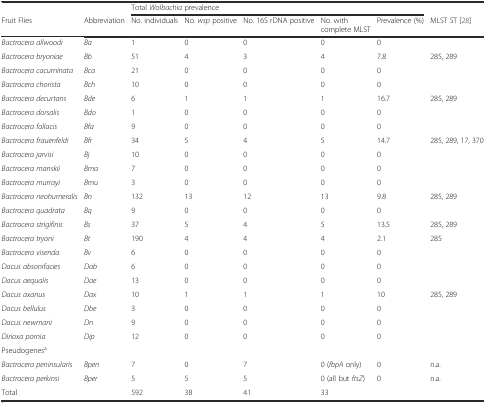
|  |  | <COLSPAN=5> Total Wolbachia prevalence |  |
 | Fruit Flies | Abbreviation | No. individuals | No. wsp positive | No. 16S rDNA positive | No. with complete MLST | Prevalence (%) | MLST ST [28] |
 | --- | --- | --- | --- | --- | --- | --- | --- |
 | Bactrocera allwoodi | Ba | 1 | 0 | 0 | 0 | 0 |  |
 | Bactrocera bryoniae | Bb | 51 | 4 | 3 | 4 | 7.8 | 285, 289 |
 | Bactrocera cacuminata | Bca | 21 | 0 | 0 | 0 | 0 |  |
 | Bactrocera chorista | Bch | 10 | 0 | 0 | 0 | 0 |  |
 | Bactrocera decurtans | Bde | 6 | 1 | 1 | 1 | 16.7 | 285, 289 |
 | Bactrocera dorsalis | Bdo | 1 | 0 | 0 | 0 | 0 |  |
 | Bactrocera fallacis | Bfa | 9 | 0 | 0 | 0 | 0 |  |
 | Bactrocera frauenfeldi | Bfr | 34 | 5 | 4 | 5 | 14.7 | 285, 289, 17, 370 |
 | Bactrocera jarvisi | Bj | 10 | 0 | 0 | 0 | 0 |  |
 | Bactrocera manskii | Bma | 7 | 0 | 0 | 0 | 0 |  |
 | Bactrocera murrayi | Bmu | 3 | 0 | 0 | 0 | 0 |  |
 | Bactrocera neohumeralis | Bn | 132 | 13 | 12 | 13 | 9.8 | 285, 289 |
 | Bactrocera quadrata | Bq | 9 | 0 | 0 | 0 | 0 |  |
 | Bactrocera strigifinis | Bs | 37 | 5 | 4 | 5 | 13.5 | 285, 289 |
 | Bactrocera tryoni | Bt | 190 | 4 | 4 | 4 | 2.1 | 285 |
 | Bactrocera visenda | Bv | 6 | 0 | 0 | 0 | 0 |  |
 | Dacus absonifacies | Dab | 6 | 0 | 0 | 0 | 0 |  |
 | Dacus aequalis | Dae | 13 | 0 | 0 | 0 | 0 |  |
 | Dacus axanus | Dax | 10 | 1 | 1 | 1 | 10 | 285, 289 |
 | Dacus bellulus | Dbe | 3 | 0 | 0 | 0 | 0 |  |
 | Dacus newmani | Dn | 9 | 0 | 0 | 0 | 0 |  |
 | Dirioxa pornia | Dip | 12 | 0 | 0 | 0 | 0 |  |
 | <COLSPAN=8> Pseudogenesa |
 | Bactrocera peninsularis | Bpen | 7 | 0 | 7 | 0 (fbpA only) | 0 | n.a. |
 | Bactrocera perkinsi | Bper | 5 | 5 | 5 | 0 (all but ftsZ) | 0 | n.a. |
 | Total |  | 592 | 38 | 41 | 33 |  |  |